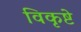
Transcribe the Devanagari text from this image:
विकृष्टे